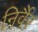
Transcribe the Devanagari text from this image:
निर्वैर